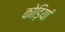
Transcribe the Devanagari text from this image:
कोड़ियां